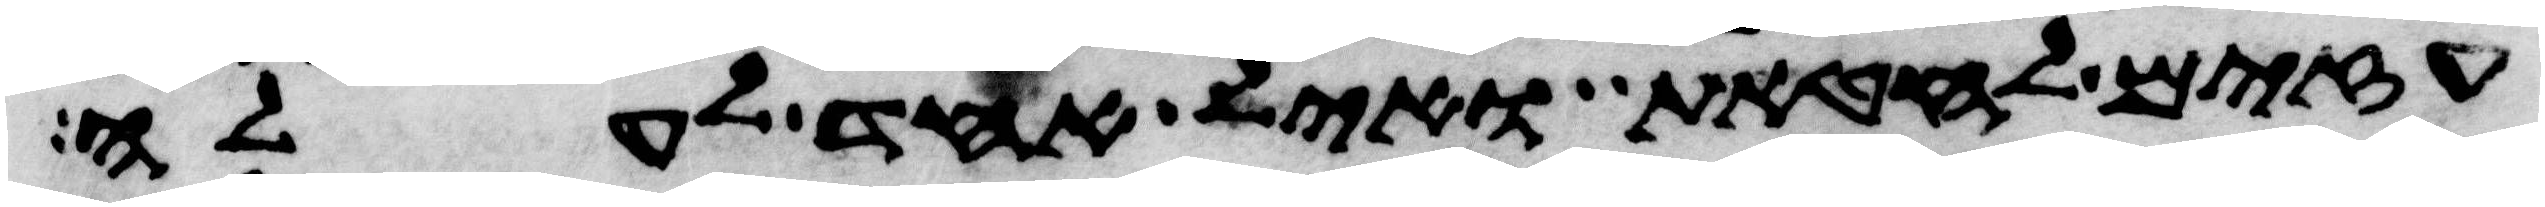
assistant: עזים לחטאת ואיל אחד לעלה